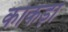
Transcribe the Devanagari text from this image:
काकड़ां